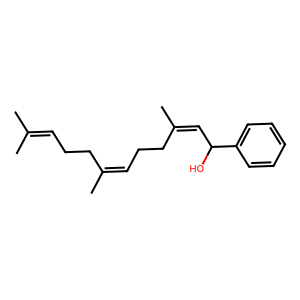
SMILES: CC(C)=CCCC(C)=CCCC(C)=CC(O)c1ccccc1
Inhibits HIV replication: No